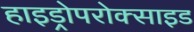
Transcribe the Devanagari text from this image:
हाइड्रोपरोक्साइड